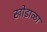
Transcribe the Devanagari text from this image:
खोडाळा